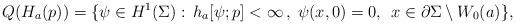
LaTeX: \begin{align*}Q(H_a(p)) = \{ \psi\in H^1(\Sigma):\,h_a[\psi;p]<\infty\,, \; \psi(x,0)=0,\;\, x\in\partial\Sigma\setminus W_0(a)\}, \end{align*}